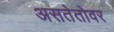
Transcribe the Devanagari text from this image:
असतेतोवर